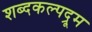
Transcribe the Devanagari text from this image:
शब्दकल्पद्रूम